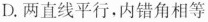
D.两直线平行，内错角相等